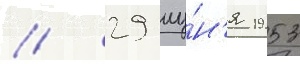
// 29 иу́н'я 1953